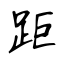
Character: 距